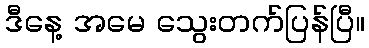
ဒီနေ့ အမေ သွေးတက်ပြန်ပြီ။